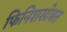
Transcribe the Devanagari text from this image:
फिनिशसोबत